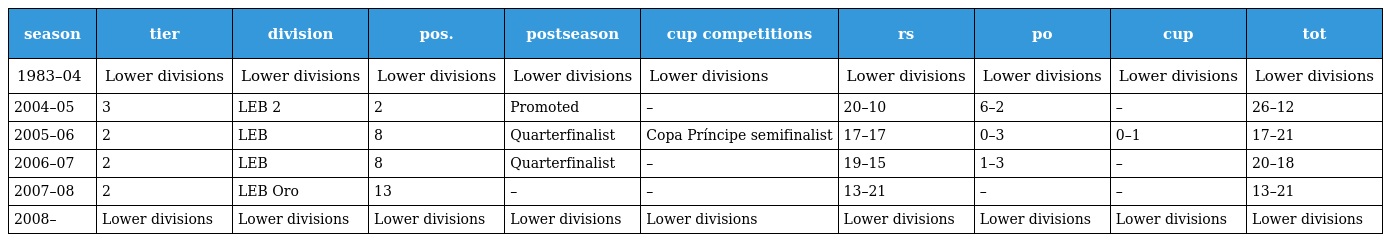
| season | tier | division | pos. | postseason | cup competitions | rs | po | cup | tot |
 | --- | --- | --- | --- | --- | --- | --- | --- | --- | --- |
 | 1983–04 | Lower divisions | Lower divisions | Lower divisions | Lower divisions | Lower divisions | Lower divisions | Lower divisions | Lower divisions | Lower divisions |
 | 2004–05 | 3 | LEB 2 | 2 | Promoted | – | 20–10 | 6–2 | – | 26–12 |
 | 2005–06 | 2 | LEB | 8 | Quarterfinalist | Copa Príncipe semifinalist | 17–17 | 0–3 | 0–1 | 17–21 |
 | 2006–07 | 2 | LEB | 8 | Quarterfinalist | – | 19–15 | 1–3 | – | 20–18 |
 | 2007–08 | 2 | LEB Oro | 13 | – | – | 13–21 | – | – | 13–21 |
 | 2008– | Lower divisions | Lower divisions | Lower divisions | Lower divisions | Lower divisions | Lower divisions | Lower divisions | Lower divisions | Lower divisions |